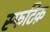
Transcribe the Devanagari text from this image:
स्फटिक़